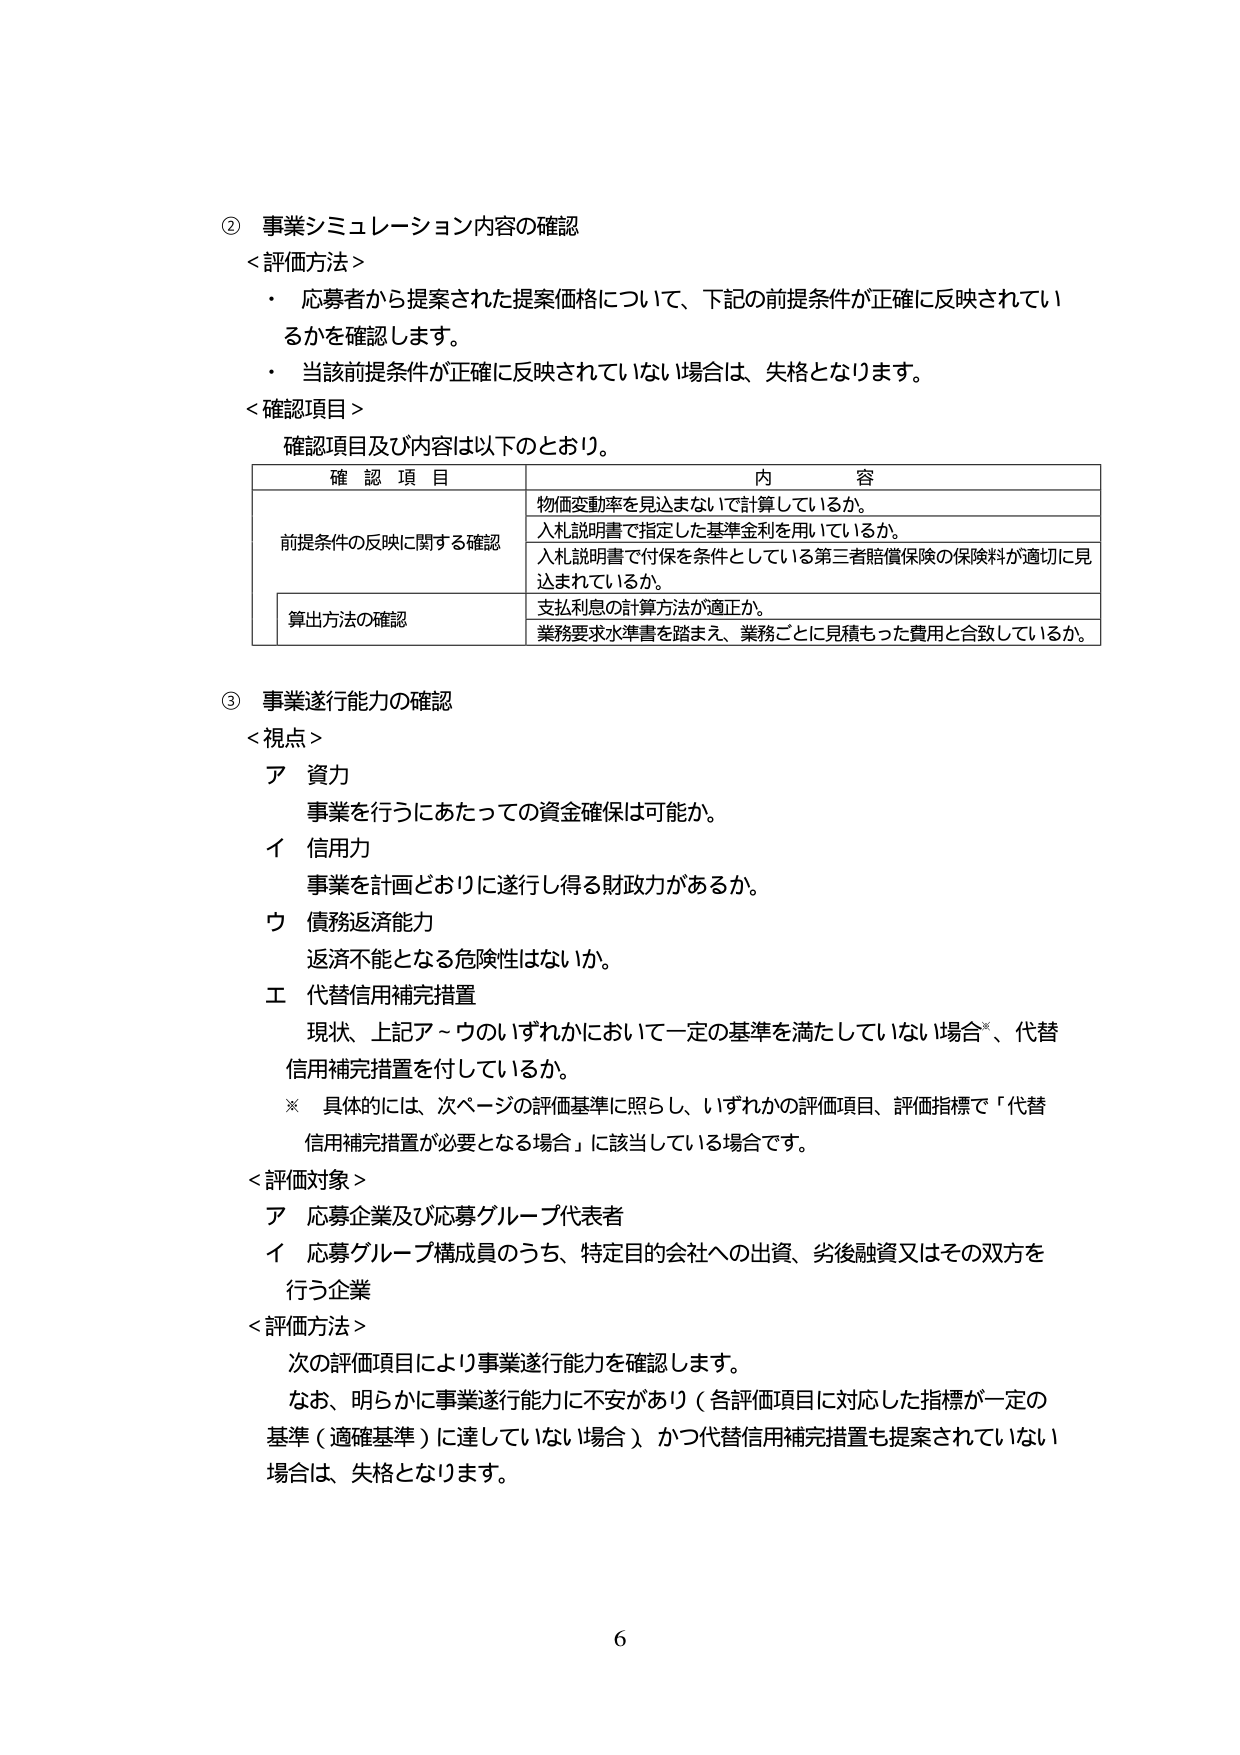
② 事業シミュレーション内容の確認
＜評価方法＞
・ 応募者から提案された提案価格について、下記の前提条件が正確に反映されているかを確認します。
・ 当該前提条件が正確に反映されていない場合は、失格となります。
＜確認項目＞
確認項目及び内容は以下のとおり。

| 確認項目 | 内容 |
|----------|------|
| 前提条件の反映に関する確認 | 物価変動率を見込まないで計算しているか。 |
| | 入札説明書で指定した基準金利を用いているか。 |
| | 入札説明書で付保を条件としている第三者賠償保険の保険料が適切に見込まれているか。 |
| 算出方法の確認 | 支払利息の計算方法が適正か。 |
| | 業務要求水準書を踏まえ、業務ごとに見積もった費用と合致しているか。 |

③ 事業遂行能力の確認
＜視点＞
ア 資力
　事業を行うにあたっての資金確保は可能か。
イ 信用力
　事業を計画どおりに遂行し得る財政力があるか。
ウ 債務返済能力
　返済不能となる危険性はないか。
エ 代替信用補完措置
　現状、上記ア～ウのいずれかにおいて一定の基準を満たしていない場合*、代替信用補完措置を付しているか。
　※ 具体的には、次ページの評価基準に照らし、いずれかの評価項目、評価指標で「代替信用補完措置が必要となる場合」に該当している場合です。
＜評価対象＞
ア 応募企業及び応募グループ代表者
イ 応募グループ構成員のうち、特定目的会社への出資、劣後融資又はその双方を行う企業
＜評価方法＞
　次の評価項目により事業遂行能力を確認します。
　なお、明らかに事業遂行能力に不安があり（各評価項目に対応した指標が一定の基準（適確基準）に達していない場合）、かつ代替信用補完措置も提案されていない場合は、失格となります。

6